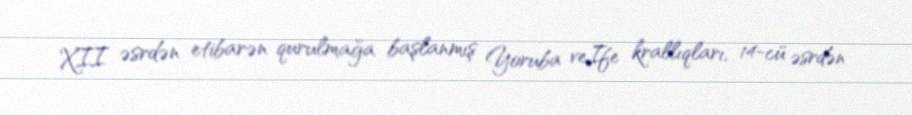
XII əsrdən etibarən qurulmağa başlanmış Yoruba veIfe krallıqları, 14-cü əsrdən